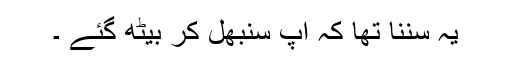
یہ سننا تھا کہ آپ سنبھل کر بیٹھ گئے ۔